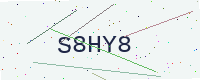
Text: S8HY8